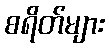
စရိတ်များ